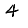
Digit: 4